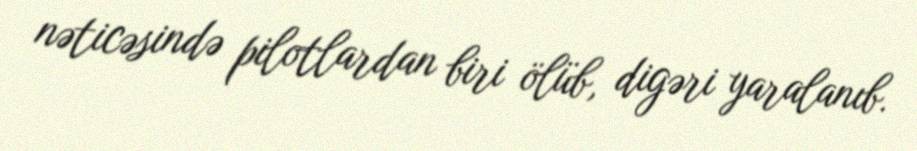
nəticəsində pilotlardan biri ölüb, digəri yaralanıb.